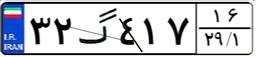
۵۵گ۷۲۵۱۶